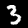
Label: 3